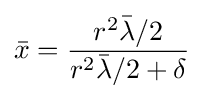
{\bar {x}}={\frac {r^{2}{\bar {\lambda }}/2}{r^{2}{\bar {\lambda }}/2+\delta }}